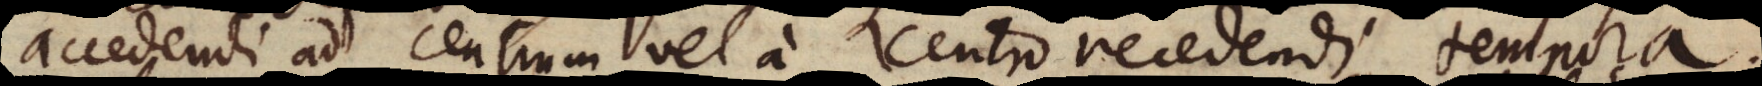
accedendi ad centrum vel a centro recedendi, tempora